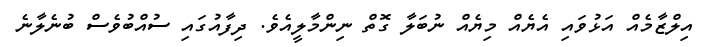
އިލްޒާމެއް އަޅުވައި އެޔެއް މިޔެއް ނުބަލާ ގޮތް ނިންމާލީއެވެ. ދިފާއުގައި ސުއްބުވެސް ބުނެލާނެ